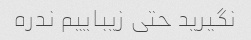
نگیرید حتی زیباییم ندره